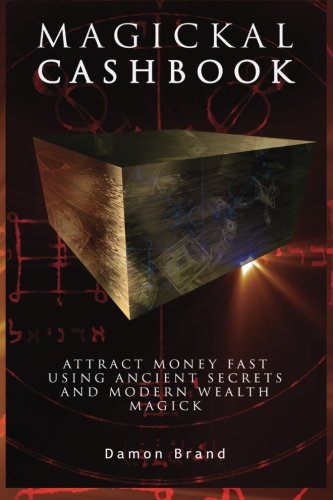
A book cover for Magickal Cashbook: Attract Money Fast With Ancient Secrets And Modern Wealth Magick; Damon Brand; Religion & Spirituality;